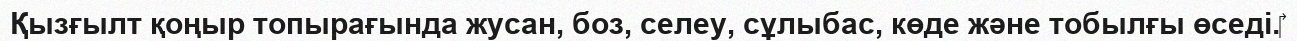
Қызғылт қоңыр топырағында жусан, боз, селеу, сұлыбас, көде және тобылғы өседі.‎